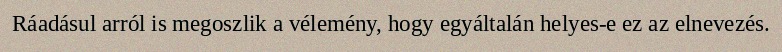
Ráadásul arról is megoszlik a vélemény, hogy egyáltalán helyes-e ez az elnevezés.